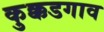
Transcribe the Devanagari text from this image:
कुक्कडगाव